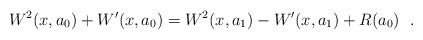
\begin{align*}W^2(x,a_0)+W'(x,a_0) = W^2(x,a_1)-W'(x,a_1)+R(a_0)~~.\end{align*}